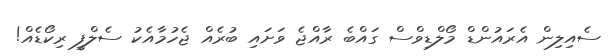
ސެއިލިން އެރައުންޑް މޯލްޑިވްސް ގައްބެ ރާއްޖެ ވަށައި ބުރެއް ޖެހުމާއެކު ސެލްފީ ރިކޯޑެއް!